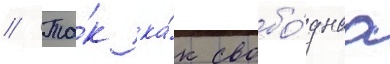
// Та́к ка́к свобо́днаа